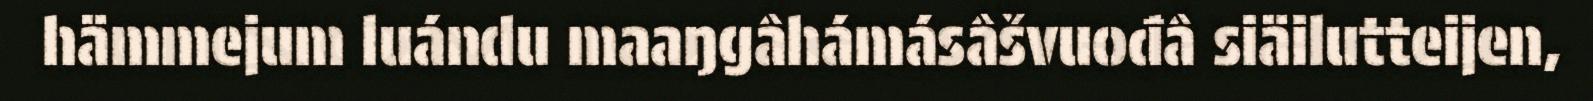
hämmejum luándu maaŋgâhámásâšvuođâ siäilutteijen,